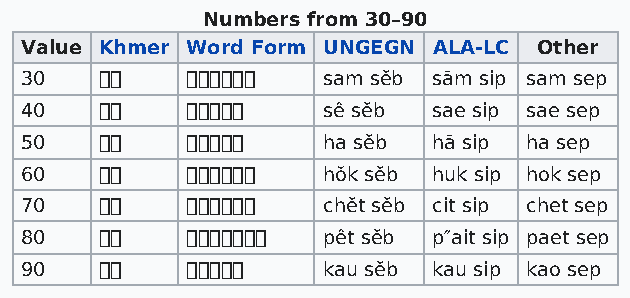
Numbers from 30–90
 Value Khmer Word Form UNGEGN ALA-LC Other
 30          sam sĕb sām sip sam sep
 40           sê sĕb  sae sip sae sep
 50           ha sĕb  hā sip ha sep
 60          hŏk sĕb huk sip hok sep
 70          chĕt sĕb cit sip chet sep
 80         pêt sĕb p″ait sip paet sep
 90           kau sĕb kau sip kao sep